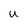
Character: u